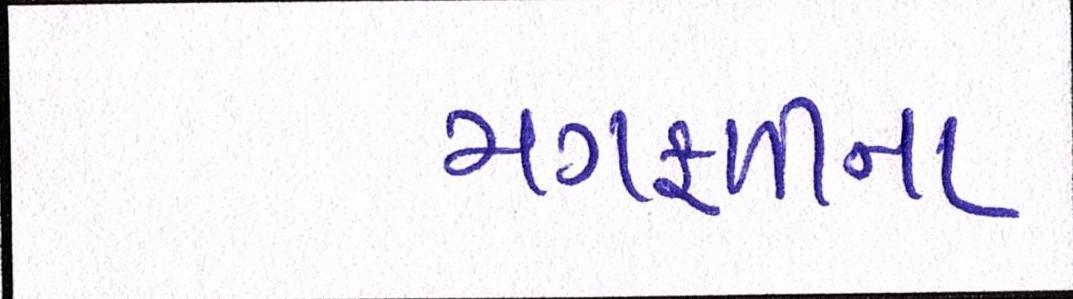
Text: મગફળીના